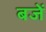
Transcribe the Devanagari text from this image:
बजें